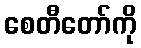
စေတီတော်ကို